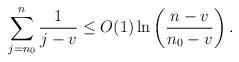
LaTeX: \begin{align*} \sum_{j=n_0}^{n}\frac{1}{j-v}\leq O(1)\ln\left(\frac{n-v}{n_0-v}\right). \end{align*}